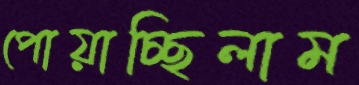
পোয়াচ্ছিলাম